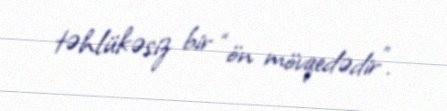
təhlükəsiz bir “ön mövqedədir”.